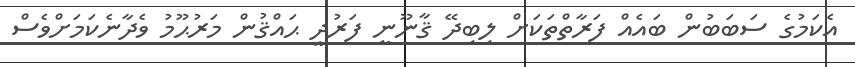
އެކަމުގެ ސަބަބުން ބައެއް ފަރާތްތަކަށް ލިބިދޭ ޤާނޫނީ ފަރުދީ ޙައްޤުން މަރުޙޫމު ވެދާނެކަމަށްވެސް